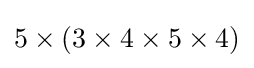
5\times (3\times 4\times 5\times 4)